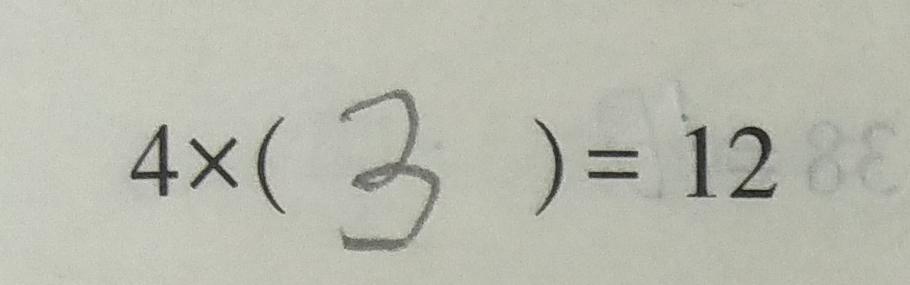
4 \times ( 3 ) = 1 2